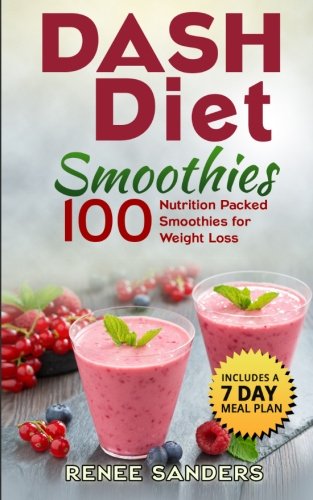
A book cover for DASH Diet Smoothies: 100 Nutrition Packed Smoothies for Weight Loss (DASH Diet Cookbooks) (Volume 2); Renee Sanders; Cookbooks, Food & Wine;